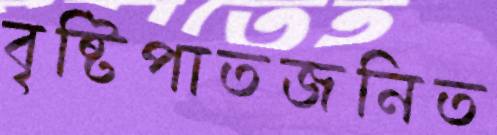
বৃষ্টিপাতজনিত